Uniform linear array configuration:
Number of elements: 48
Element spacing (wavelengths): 0.25
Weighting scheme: hann
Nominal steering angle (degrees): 30
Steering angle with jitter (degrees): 28.759
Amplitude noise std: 0.05
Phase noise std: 0.05

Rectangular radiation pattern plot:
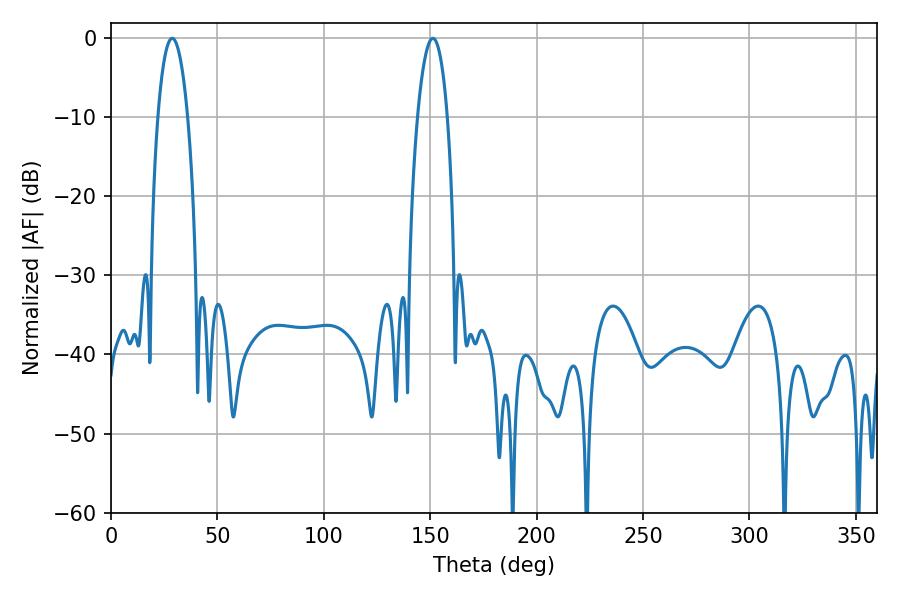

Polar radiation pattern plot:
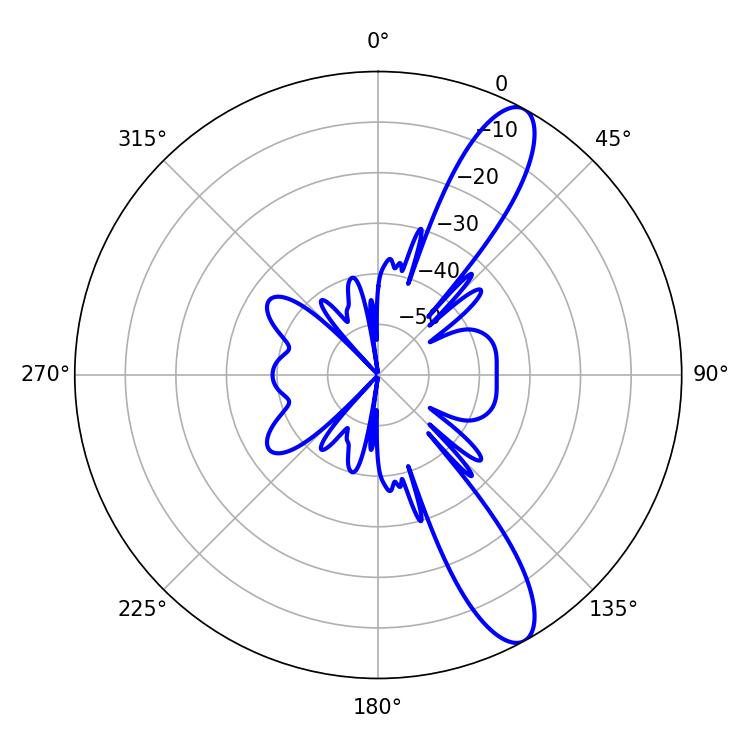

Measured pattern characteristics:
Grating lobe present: FALSE
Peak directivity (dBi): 11.528
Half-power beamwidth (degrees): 7.92
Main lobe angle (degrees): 28.8